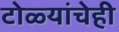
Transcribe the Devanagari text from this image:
टोळ्यांचेही